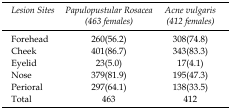
| Lesion Sites | Papulopustular Rosacea (463 females) | Acne vulgaris (412 females) |
 | --- | --- | --- |
 | Forehead | 260(56.2) | 308(74.8) |
 | Cheek | 401(86.7) | 343(83.3) |
 | Eyelid | 23(5.0) | 17(4.1) |
 | Nose | 379(81.9) | 195(47.3) |
 | Perioral | 297(64.1) | 138(33.5) |
 | Total | 463 | 412 |